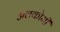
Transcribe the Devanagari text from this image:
अलकोमी